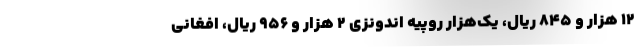
۱۲ هزار و ۸۴۵ ریال، یک‌هزار روپیه اندونزی ۲ هزار و ۹۵۶ ریال، افغانی